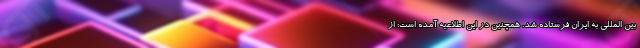
بین المللی به ایران فرستاده شد. همچنین در این اطلاعیه آمده است: از